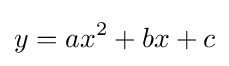
y=ax^{2}+bx+c